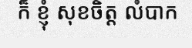
ក៏ ខ្ញុំ សុខចិត្ត លំបាក